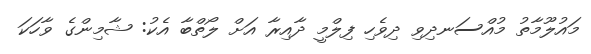
މައުލޫމާތު މުއްސަނދިވި ދިވެހި ފިލްމީ ދާއިރާ އަށް ލޯތްބާ އެކު: ޝާމިންގެ ވާހަކަ